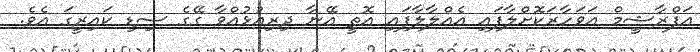
އަފްރާޝީމް އަވަހާރަކޮށްލާފައި އެއްލާލާފައި އޮތީ އޭނާ ދިރިއުޅުއްވާ ގޭގެ ސިޑި ކައިރީގަ އެވެ.